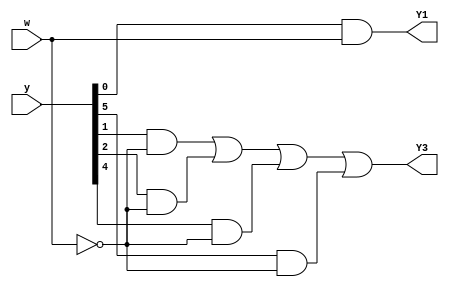
module top_module (
    input [5:0] y,
    input w,
    output Y1,
    output Y3
);

    wire [5:0] Y;
    parameter A=0, B=1, C=2, D=3, E=4, F=5;

    assign Y[B] = y[A] & w;
    assign Y[D] = (y[B] & ~w) | (y[C] & ~w) | (y[E] & ~w) | (y[F] & ~w);

    assign Y1 = Y[B];
    assign Y3 = Y[D];

endmodule